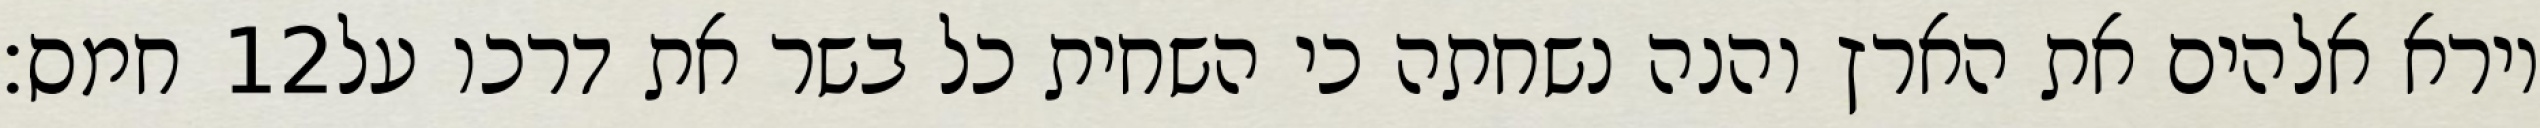
חמס׃ ‎12‏ וירא אלהים את הארץ והנה נשחתה כי השחית כל בשר את דרכו על